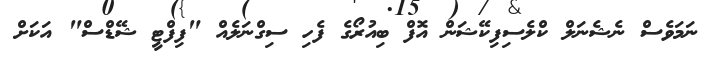
ނަމަވެސް ނެޝެނަލް ކްލެސިފިކޭޝަން އޮފް ބިއުރޯގެ ފެހި ސިގްނަލެއް "ފިފްޓީ ޝޭޑްސް" އަކަށް